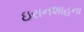
ઇરાનશાહના